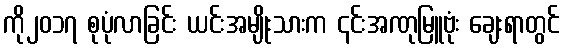
ကို၂၀၁၇ စုပုံလာခြင်း ယင်းအမျိုးသားက ၎င်းအဏုမြူဗုံး ချေးရာတွင်